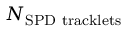
N _ { \mathrm { S P D ~ t r a c k l e t s } }